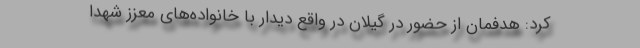
کرد: هدفمان از حضور در گیلان در واقع دیدار با خانواده‌های معزز شهدا